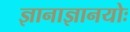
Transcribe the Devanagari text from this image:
ज्ञानाज्ञानयोः